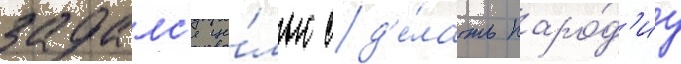
задалс'я це́лью сд'е́лать паро́д'иу